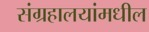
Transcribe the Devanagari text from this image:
संग्रहालयांमधील